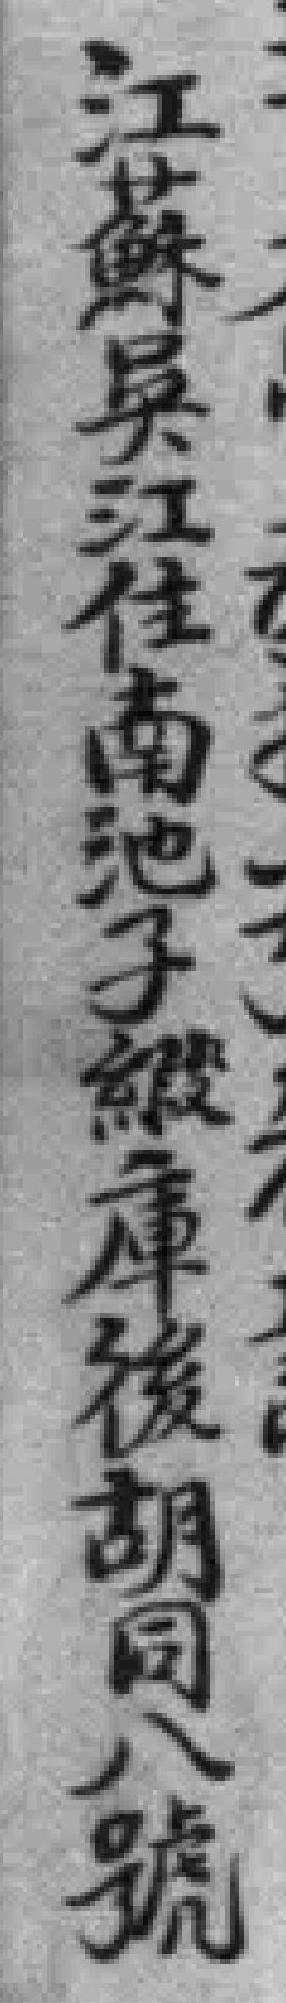
江蘇吳江住南池子*庫後胡同八號